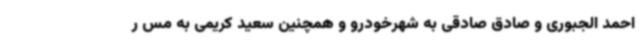
احمد الجبوری و صادق صادقی به شهرخودرو و همچنین سعید کریمی به مس ر